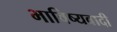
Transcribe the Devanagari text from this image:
भाविष्यवादी